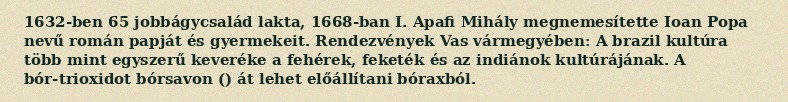
1632-ben 65 jobbágycsalád lakta, 1668-ban I. Apafi Mihály megnemesítette Ioan Popa nevű román papját és gyermekeit. Rendezvények Vas vármegyében: A brazil kultúra több mint egyszerű keveréke a fehérek, feketék és az indiánok kultúrájának. A bór-trioxidot bórsavon () át lehet előállítani bóraxból.